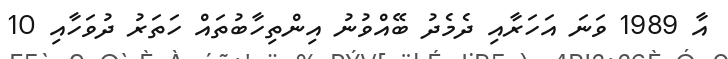
އާ 1989 ވަނަ އަހަރާއި ދެމެދު ބޭއްވުނު އިންތިހާބުތައް ހަތަރު ދުވަހާއި 10